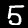
Digit: 5